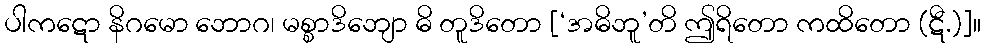
ပါကဋော နိဂမော ဘောဂ၊ မစ္စာဒိဘျော ဓိ တူဒိတော [‘အဓိဘူ’တိ ဤရိတော ကထိတော (ဋီ.)]။